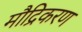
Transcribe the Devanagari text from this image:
मौद्रिकरण